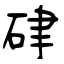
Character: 硉